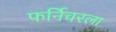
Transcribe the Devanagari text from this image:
फर्निचरला